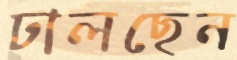
ঢালছেন